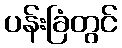
ပန်းခြံတွင်